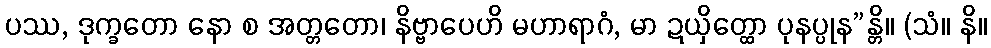
ပဿ, ဒုက္ခတော နော စ အတ္တတော၊ နိဗ္ဗာပေဟိ မဟာရာဂံ, မာ ဍယှိတ္ထော ပုနပ္ပုန”န္တိ။ (သံ။ နိ။